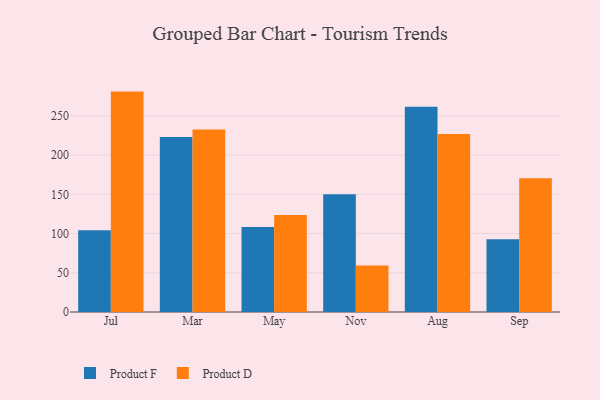
{"axis": {"x": "Month", "y": "Demand Index"}, "legend": ["Product D", "Product F"], "data": [{"x": "Jul", "y": 104.2, "type": "Product F"}, {"x": "Jul", "y": 281.0, "type": "Product D"}, {"x": "Mar", "y": 223.0, "type": "Product F"}, {"x": "Mar", "y": 232.8, "type": "Product D"}, {"x": "May", "y": 108.5, "type": "Product F"}, {"x": "May", "y": 123.6, "type": "Product D"}, {"x": "Nov", "y": 150.1, "type": "Product F"}, {"x": "Nov", "y": 59.3, "type": "Product D"}, {"x": "Aug", "y": 261.6, "type": "Product F"}, {"x": "Aug", "y": 226.9, "type": "Product D"}, {"x": "Sep", "y": 92.9, "type": "Product F"}, {"x": "Sep", "y": 170.5, "type": "Product D"}]}